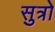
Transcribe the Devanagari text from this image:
सुत्रो